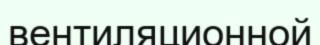
вентиляционной